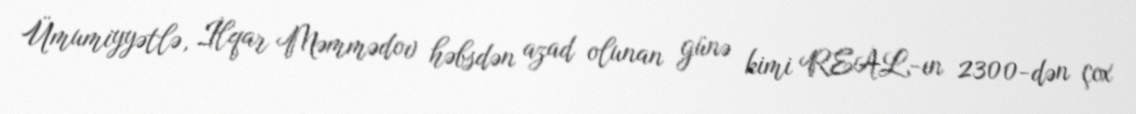
Ümumiyyətlə, İlqar Məmmədov həbsdən azad olunan günə kimi REAL-ın 2300-dən çox